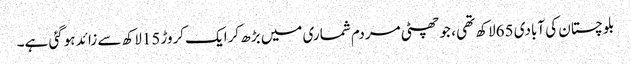
بلوچستان کی آبادی 65لاکھ تھی ، جو چھٹی مردم شماری میں بڑھ کرایک کروڑ15لاکھ سے زائد ہوگئی ہے۔